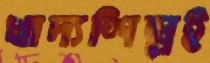
খাদ্যশিল্পই